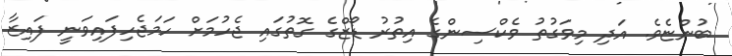
ބުންޏެވެ. އަދި މިވަގުތު ވެކްސިންގެ އިތުރު ޑޯޒްގެ ގޮތުގައި ޖެހުމަށް ހަމަޖެހިފައިވަނީ ފައިޒާ